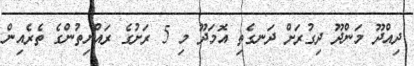
ދިއްދޫ މަންދޫ ދިގުރަށް ދަނގެތި އޮމަދޫ މި 5 ރަށުގެ ރައްޔިތުންގެ ތެރެއިން